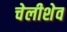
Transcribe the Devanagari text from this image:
चेलीशेव